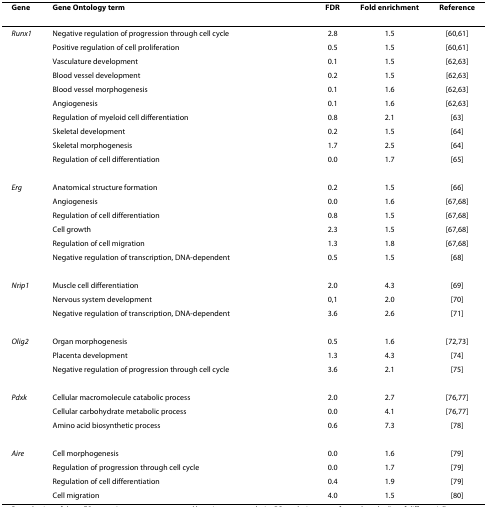
<table><thead><tr><td><b>Gene</b></td><td><b>Gene Ontology term</b></td><td><b>FDR</b></td><td><b>Fold enrichment</b></td><td><b>Reference</b></td></tr></thead><tbody><tr><td><i>Runx1</i></td><td>Negative regulation of progression through cell cycle</td><td>2.8</td><td>1.5</td><td>[60,61]</td></tr><tr><td></td><td>Positive regulation of cell proliferation</td><td>0.5</td><td>1.5</td><td>[60,61]</td></tr><tr><td></td><td>Vasculature development</td><td>0.1</td><td>1.5</td><td>[62,63]</td></tr><tr><td></td><td>Blood vessel development</td><td>0.2</td><td>1.5</td><td>[62,63]</td></tr><tr><td></td><td>Blood vessel morphogenesis</td><td>0.1</td><td>1.6</td><td>[62,63]</td></tr><tr><td></td><td>Angiogenesis</td><td>0.1</td><td>1.6</td><td>[62,63]</td></tr><tr><td></td><td>Regulation of myeloid cell differentiation</td><td>0.8</td><td>2.1</td><td>[63]</td></tr><tr><td></td><td>Skeletal development</td><td>0.2</td><td>1.5</td><td>[64]</td></tr><tr><td></td><td>Skeletal morphogenesis</td><td>1.7</td><td>2.5</td><td>[64]</td></tr><tr><td></td><td>Regulation of cell differentiation</td><td>0.0</td><td>1.7</td><td>[65]</td></tr><tr><td><i>Erg</i></td><td>Anatomical structure formation</td><td>0.2</td><td>1.5</td><td>[66]</td></tr><tr><td></td><td>Angiogenesis</td><td>0.0</td><td>1.6</td><td>[67,68]</td></tr><tr><td></td><td>Regulation of cell differentiation</td><td>0.8</td><td>1.5</td><td>[67,68]</td></tr><tr><td></td><td>Cell growth</td><td>2.3</td><td>1.5</td><td>[67,68]</td></tr><tr><td></td><td>Regulation of cell migration</td><td>1.3</td><td>1.8</td><td>[67,68]</td></tr><tr><td></td><td>Negative regulation of transcription, DNA-dependent</td><td>0.5</td><td>1.5</td><td>[68]</td></tr><tr><td><i>Nrip1</i></td><td>Muscle cell differentiation</td><td>2.0</td><td>4.3</td><td>[69]</td></tr><tr><td></td><td>Nervous system development</td><td>0,1</td><td>2.0</td><td>[70]</td></tr><tr><td></td><td>Negative regulation of transcription, DNA-dependent</td><td>3.6</td><td>2.6</td><td>[71]</td></tr><tr><td><i>Olig2</i></td><td>Organ morphogenesis</td><td>0.5</td><td>1.6</td><td>[72,73]</td></tr><tr><td></td><td>Placenta development</td><td>1.3</td><td>4.3</td><td>[74]</td></tr><tr><td></td><td>Negative regulation of progression through cell cycle</td><td>3.6</td><td>2.1</td><td>[75]</td></tr><tr><td><i>Pdxk</i></td><td>Cellular macromolecule catabolic process</td><td>2.0</td><td>2.7</td><td>[76,77]</td></tr><tr><td></td><td>Cellular carbohydrate metabolic process</td><td>0.0</td><td>4.1</td><td>[76,77]</td></tr><tr><td></td><td>Amino acid biosynthetic process</td><td>0.6</td><td>7.3</td><td>[78]</td></tr><tr><td><i>Aire</i></td><td>Cell morphogenesis</td><td>0.0</td><td>1.6</td><td>[79]</td></tr><tr><td></td><td>Regulation of progression through cell cycle</td><td>0.0</td><td>1.7</td><td>[79]</td></tr><tr><td></td><td>Regulation of cell differentiation</td><td>0.4</td><td>1.9</td><td>[79]</td></tr><tr><td></td><td>Cell migration</td><td>4.0</td><td>1.5</td><td>[80]</td></tr></tbody></table>